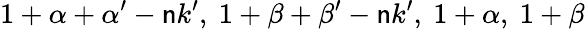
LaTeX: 1+\alpha+\alpha^{\prime}-\mathsf{n}k^{\prime},~1+\beta+\beta^{\prime}-\mathsf{n}k^{\prime},~1+\alpha,~1+\beta